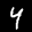
Label: 4